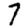
Digit: 7